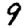
Digit: 9